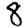
Digit: 8